Leaving Certificate Examination, 1910
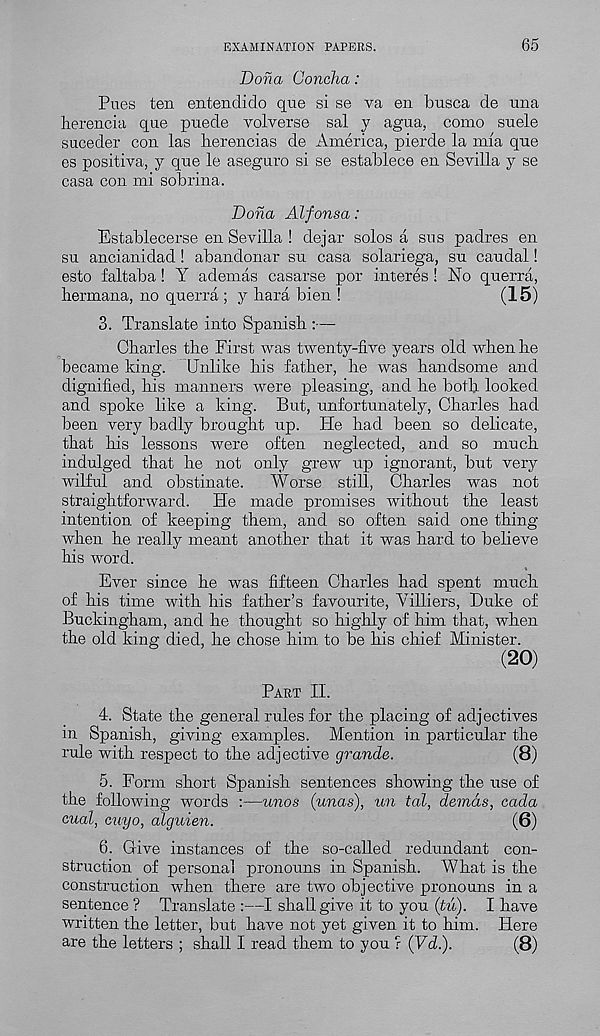
EXAMINATION PAPERS.
65
Dona Concha:
Pues ten entendido que si se va en bnsca de nna
herencia que puede volverse sal y agua, como suele
suceder con las lierencias de America, pierde la mia que
es positiva, y que le aseguro si se establece en Sevilla y se
casa con mi sobrina.
Doha Alfonsa:
Establecerse en Sevilla ! dejar solos a sus padres en
su ancianidad! abandonar su casa solariega, su caudal!
esto faltaba! Y ademas casarse por interes! No querra,
liermana, no querra ; y hara bien !
(15)
3. Translate into Spanish :—
Charles the First was twenty-five years old when he
became king. Unlike his father, he was handsome and
dignified, his manners were pleasing, and he both looked
and spoke like a king. But, unfortunately, Charles had
been very badly brought up. He had been so delicate,
that his lessons were often neglected, and so much
indulged that he not only grew up ignorant, but very
wilful and obstinate.
Worse still, Charles was not
straightforward. He made promises without the least
intention of keeping them, and so often said one thing
when he really meant another that it was hard to believe
his word.
Ever since he was fifteen Charles had spent much
of his time with his father’s favourite, Villiers, Duke of
Buckingham, and he thought so highly of him that, when
the old king died, he chose him to be his chief Minister.
(20)
Part II.
4. State the general rules for the placing of adjectives
in Spanish, giving examples. Mention in particular the
rule with respect to the adjective grande.
(8)
5. Form short Spanish sentences showing the use of
the following words :—unos (unas), un tal, demds, cada
cual, cuyo, alguien.
(6)
6. Give instances of the so-called redundant con-
struction of personal pronouns in Spanish. What is the
construction when there are two objective pronouns in a
sentence? Translate:—I shall give it to you (tfi). I have
written the letter, but have not yet given it to him. Here
are the letters ; shall I read them to you r (Vd.).
(8)